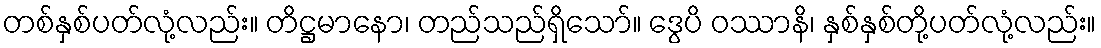
တစ်နှစ်ပတ်လုံ့လည်း။ တိဋ္ဌမာနော၊ တည်သည်ရှိသော်။ ဒွေပိ ဝဿာနိ၊ နှစ်နှစ်တို့ပတ်လုံ့လည်း။